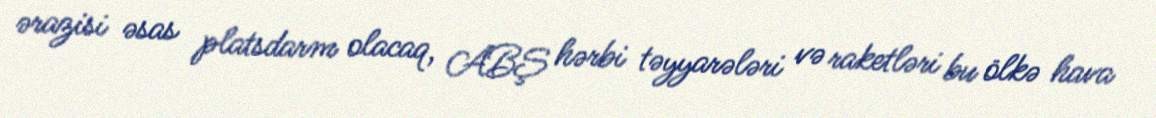
ərazisi əsas platsdarm olacaq, ABŞ hərbi təyyarələri və raketləri bu ölkə hava